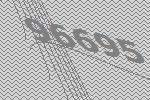
96695